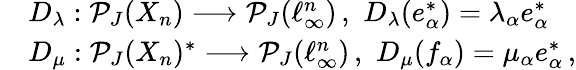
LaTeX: \begin{array}{rl}&{D_{\lambda}:\mathcal{P}_{J}(X_{n})\longrightarrow\mathcal{P}_{J}(\ell_{\infty}^{n})\, ,\, \, D_{\lambda}(e_{\alpha}^{*})=\lambda_{\alpha}e_{\alpha}^{*}}\\ &{D_{\mu}:\mathcal{P}_{J}(X_{n})^{*}\longrightarrow\mathcal{P}_{J}(\ell_{\infty}^{n})\, ,\, \, D_{\mu}(f_{\alpha})=\mu_{\alpha}e_{\alpha}^{*}\, ,}\end{array}